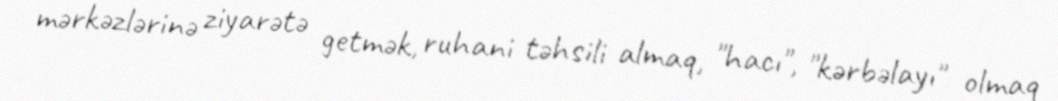
mərkəzlərinə ziyarətə getmək, ruhani təhsili almaq, "hacı", "kərbəlayı" olmaq